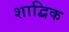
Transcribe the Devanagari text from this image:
शाद्बिक